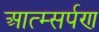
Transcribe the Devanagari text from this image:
आत्म्सर्पण